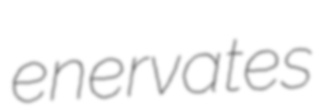
enervates